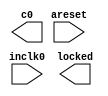
// megafunction wizard: %ALTPLL%VBB%
// GENERATION: STANDARD
// VERSION: WM1.0
// MODULE: altpll 

// ============================================================
// Megafunction Name(s):
// 			altpll
//
// Simulation Library Files(s):
// 			altera_mf
// ============================================================
// ************************************************************
// THIS IS A WIZARD-GENERATED FILE. DO NOT EDIT THIS FILE!
//
// 12.0 Build 178 05/31/2012 SJ Full Version
// ************************************************************

//Copyright (C) 1991-2012 Altera Corporation
//Your use of Altera Corporation's design tools, logic functions 
//and other software and tools, and its AMPP partner logic 
//functions, and any output files from any of the foregoing 
//(including device programming or simulation files), and any 
//associated documentation or information are expressly subject 
//to the terms and conditions of the Altera Program License 
//Subscription Agreement, Altera MegaCore Function License 
//Agreement, or other applicable license agreement, including, 
//without limitation, that your use is for the sole purpose of 
//programming logic devices manufactured by Altera and sold by 
//Altera or its authorized distributors.  Please refer to the 
//applicable agreement for further details.

module pll (
	areset,
	inclk0,
	c0,
	locked);

	input	  areset;
	input	  inclk0;
	output	  c0;
	output	  locked;
`ifndef ALTERA_RESERVED_QIS
// synopsys translate_off
`endif
	tri0	  areset;
`ifndef ALTERA_RESERVED_QIS
// synopsys translate_on
`endif

endmodule

// ============================================================
// CNX file retrieval info
// ============================================================
// Retrieval info: PRIVATE: ACTIVECLK_CHECK STRING "0"
// Retrieval info: PRIVATE: BANDWIDTH STRING "1.000"
// Retrieval info: PRIVATE: BANDWIDTH_FEATURE_ENABLED STRING "1"
// Retrieval info: PRIVATE: BANDWIDTH_FREQ_UNIT STRING "MHz"
// Retrieval info: PRIVATE: BANDWIDTH_PRESET STRING "Low"
// Retrieval info: PRIVATE: BANDWIDTH_USE_AUTO STRING "1"
// Retrieval info: PRIVATE: BANDWIDTH_USE_PRESET STRING "0"
// Retrieval info: PRIVATE: CLKBAD_SWITCHOVER_CHECK STRING "0"
// Retrieval info: PRIVATE: CLKLOSS_CHECK STRING "0"
// Retrieval info: PRIVATE: CLKSWITCH_CHECK STRING "0"
// Retrieval info: PRIVATE: CNX_NO_COMPENSATE_RADIO STRING "0"
// Retrieval info: PRIVATE: CREATE_CLKBAD_CHECK STRING "0"
// Retrieval info: PRIVATE: CREATE_INCLK1_CHECK STRING "0"
// Retrieval info: PRIVATE: CUR_DEDICATED_CLK STRING "c0"
// Retrieval info: PRIVATE: CUR_FBIN_CLK STRING "c0"
// Retrieval info: PRIVATE: DEVICE_SPEED_GRADE STRING "2"
// Retrieval info: PRIVATE: DIV_FACTOR0 NUMERIC "1"
// Retrieval info: PRIVATE: DUTY_CYCLE0 STRING "50.00000000"
// Retrieval info: PRIVATE: EFF_OUTPUT_FREQ_VALUE0 STRING "75.000000"
// Retrieval info: PRIVATE: EXPLICIT_SWITCHOVER_COUNTER STRING "0"
// Retrieval info: PRIVATE: EXT_FEEDBACK_RADIO STRING "0"
// Retrieval info: PRIVATE: GLOCKED_COUNTER_EDIT_CHANGED STRING "1"
// Retrieval info: PRIVATE: GLOCKED_FEATURE_ENABLED STRING "0"
// Retrieval info: PRIVATE: GLOCKED_MODE_CHECK STRING "0"
// Retrieval info: PRIVATE: GLOCK_COUNTER_EDIT NUMERIC "1048575"
// Retrieval info: PRIVATE: HAS_MANUAL_SWITCHOVER STRING "1"
// Retrieval info: PRIVATE: INCLK0_FREQ_EDIT STRING "50.000"
// Retrieval info: PRIVATE: INCLK0_FREQ_UNIT_COMBO STRING "MHz"
// Retrieval info: PRIVATE: INCLK1_FREQ_EDIT STRING "100.000"
// Retrieval info: PRIVATE: INCLK1_FREQ_EDIT_CHANGED STRING "1"
// Retrieval info: PRIVATE: INCLK1_FREQ_UNIT_CHANGED STRING "1"
// Retrieval info: PRIVATE: INCLK1_FREQ_UNIT_COMBO STRING "MHz"
// Retrieval info: PRIVATE: INTENDED_DEVICE_FAMILY STRING "Stratix IV"
// Retrieval info: PRIVATE: INT_FEEDBACK__MODE_RADIO STRING "1"
// Retrieval info: PRIVATE: LOCKED_OUTPUT_CHECK STRING "1"
// Retrieval info: PRIVATE: LONG_SCAN_RADIO STRING "1"
// Retrieval info: PRIVATE: LVDS_MODE_DATA_RATE STRING "Not Available"
// Retrieval info: PRIVATE: LVDS_MODE_DATA_RATE_DIRTY NUMERIC "0"
// Retrieval info: PRIVATE: LVDS_PHASE_SHIFT_UNIT0 STRING "deg"
// Retrieval info: PRIVATE: MIG_DEVICE_SPEED_GRADE STRING "Any"
// Retrieval info: PRIVATE: MULT_FACTOR0 NUMERIC "1"
// Retrieval info: PRIVATE: NORMAL_MODE_RADIO STRING "1"
// Retrieval info: PRIVATE: OUTPUT_FREQ0 STRING "75.00000000"
// Retrieval info: PRIVATE: OUTPUT_FREQ_MODE0 STRING "1"
// Retrieval info: PRIVATE: OUTPUT_FREQ_UNIT0 STRING "MHz"
// Retrieval info: PRIVATE: PHASE_RECONFIG_FEATURE_ENABLED STRING "1"
// Retrieval info: PRIVATE: PHASE_RECONFIG_INPUTS_CHECK STRING "0"
// Retrieval info: PRIVATE: PHASE_SHIFT0 STRING "0.00000000"
// Retrieval info: PRIVATE: PHASE_SHIFT_STEP_ENABLED_CHECK STRING "0"
// Retrieval info: PRIVATE: PHASE_SHIFT_UNIT0 STRING "deg"
// Retrieval info: PRIVATE: PLL_ADVANCED_PARAM_CHECK STRING "0"
// Retrieval info: PRIVATE: PLL_ARESET_CHECK STRING "1"
// Retrieval info: PRIVATE: PLL_AUTOPLL_CHECK NUMERIC "1"
// Retrieval info: PRIVATE: PLL_ENHPLL_CHECK NUMERIC "0"
// Retrieval info: PRIVATE: PLL_FASTPLL_CHECK NUMERIC "0"
// Retrieval info: PRIVATE: PLL_FBMIMIC_CHECK STRING "0"
// Retrieval info: PRIVATE: PLL_LVDS_PLL_CHECK NUMERIC "0"
// Retrieval info: PRIVATE: PLL_PFDENA_CHECK STRING "0"
// Retrieval info: PRIVATE: PLL_TARGET_HARCOPY_CHECK NUMERIC "0"
// Retrieval info: PRIVATE: PRIMARY_CLK_COMBO STRING "inclk0"
// Retrieval info: PRIVATE: RECONFIG_FILE STRING "pll.mif"
// Retrieval info: PRIVATE: SACN_INPUTS_CHECK STRING "0"
// Retrieval info: PRIVATE: SCAN_FEATURE_ENABLED STRING "1"
// Retrieval info: PRIVATE: SELF_RESET_LOCK_LOSS STRING "0"
// Retrieval info: PRIVATE: SHORT_SCAN_RADIO STRING "0"
// Retrieval info: PRIVATE: SPREAD_FEATURE_ENABLED STRING "0"
// Retrieval info: PRIVATE: SPREAD_FREQ STRING "50.000"
// Retrieval info: PRIVATE: SPREAD_FREQ_UNIT STRING "KHz"
// Retrieval info: PRIVATE: SPREAD_PERCENT STRING "0.500"
// Retrieval info: PRIVATE: SPREAD_USE STRING "0"
// Retrieval info: PRIVATE: SRC_SYNCH_COMP_RADIO STRING "0"
// Retrieval info: PRIVATE: STICKY_CLK0 STRING "1"
// Retrieval info: PRIVATE: SWITCHOVER_COUNT_EDIT NUMERIC "1"
// Retrieval info: PRIVATE: SWITCHOVER_FEATURE_ENABLED STRING "1"
// Retrieval info: PRIVATE: SYNTH_WRAPPER_GEN_POSTFIX STRING "0"
// Retrieval info: PRIVATE: USE_CLK0 STRING "1"
// Retrieval info: PRIVATE: USE_MIL_SPEED_GRADE NUMERIC "0"
// Retrieval info: PRIVATE: ZERO_DELAY_RADIO STRING "0"
// Retrieval info: LIBRARY: altera_mf altera_mf.altera_mf_components.all
// Retrieval info: CONSTANT: BANDWIDTH_TYPE STRING "AUTO"
// Retrieval info: CONSTANT: CLK0_DIVIDE_BY NUMERIC "2"
// Retrieval info: CONSTANT: CLK0_DUTY_CYCLE NUMERIC "50"
// Retrieval info: CONSTANT: CLK0_MULTIPLY_BY NUMERIC "3"
// Retrieval info: CONSTANT: CLK0_PHASE_SHIFT STRING "0"
// Retrieval info: CONSTANT: COMPENSATE_CLOCK STRING "CLK0"
// Retrieval info: CONSTANT: INCLK0_INPUT_FREQUENCY NUMERIC "20000"
// Retrieval info: CONSTANT: INTENDED_DEVICE_FAMILY STRING "Stratix IV"
// Retrieval info: CONSTANT: LPM_TYPE STRING "altpll"
// Retrieval info: CONSTANT: OPERATION_MODE STRING "NORMAL"
// Retrieval info: CONSTANT: PLL_TYPE STRING "AUTO"
// Retrieval info: CONSTANT: PORT_ACTIVECLOCK STRING "PORT_UNUSED"
// Retrieval info: CONSTANT: PORT_ARESET STRING "PORT_USED"
// Retrieval info: CONSTANT: PORT_CLKBAD0 STRING "PORT_UNUSED"
// Retrieval info: CONSTANT: PORT_CLKBAD1 STRING "PORT_UNUSED"
// Retrieval info: CONSTANT: PORT_CLKLOSS STRING "PORT_UNUSED"
// Retrieval info: CONSTANT: PORT_CLKSWITCH STRING "PORT_UNUSED"
// Retrieval info: CONSTANT: PORT_CONFIGUPDATE STRING "PORT_UNUSED"
// Retrieval info: CONSTANT: PORT_FBIN STRING "PORT_UNUSED"
// Retrieval info: CONSTANT: PORT_FBOUT STRING "PORT_UNUSED"
// Retrieval info: CONSTANT: PORT_INCLK0 STRING "PORT_USED"
// Retrieval info: CONSTANT: PORT_INCLK1 STRING "PORT_UNUSED"
// Retrieval info: CONSTANT: PORT_LOCKED STRING "PORT_USED"
// Retrieval info: CONSTANT: PORT_PFDENA STRING "PORT_UNUSED"
// Retrieval info: CONSTANT: PORT_PHASECOUNTERSELECT STRING "PORT_UNUSED"
// Retrieval info: CONSTANT: PORT_PHASEDONE STRING "PORT_UNUSED"
// Retrieval info: CONSTANT: PORT_PHASESTEP STRING "PORT_UNUSED"
// Retrieval info: CONSTANT: PORT_PHASEUPDOWN STRING "PORT_UNUSED"
// Retrieval info: CONSTANT: PORT_PLLENA STRING "PORT_UNUSED"
// Retrieval info: CONSTANT: PORT_SCANACLR STRING "PORT_UNUSED"
// Retrieval info: CONSTANT: PORT_SCANCLK STRING "PORT_UNUSED"
// Retrieval info: CONSTANT: PORT_SCANCLKENA STRING "PORT_UNUSED"
// Retrieval info: CONSTANT: PORT_SCANDATA STRING "PORT_UNUSED"
// Retrieval info: CONSTANT: PORT_SCANDATAOUT STRING "PORT_UNUSED"
// Retrieval info: CONSTANT: PORT_SCANDONE STRING "PORT_UNUSED"
// Retrieval info: CONSTANT: PORT_SCANREAD STRING "PORT_UNUSED"
// Retrieval info: CONSTANT: PORT_SCANWRITE STRING "PORT_UNUSED"
// Retrieval info: CONSTANT: PORT_clk0 STRING "PORT_USED"
// Retrieval info: CONSTANT: PORT_clk1 STRING "PORT_UNUSED"
// Retrieval info: CONSTANT: PORT_clk2 STRING "PORT_UNUSED"
// Retrieval info: CONSTANT: PORT_clk3 STRING "PORT_UNUSED"
// Retrieval info: CONSTANT: PORT_clk4 STRING "PORT_UNUSED"
// Retrieval info: CONSTANT: PORT_clk5 STRING "PORT_UNUSED"
// Retrieval info: CONSTANT: PORT_clk6 STRING "PORT_UNUSED"
// Retrieval info: CONSTANT: PORT_clk7 STRING "PORT_UNUSED"
// Retrieval info: CONSTANT: PORT_clk8 STRING "PORT_UNUSED"
// Retrieval info: CONSTANT: PORT_clk9 STRING "PORT_UNUSED"
// Retrieval info: CONSTANT: PORT_clkena0 STRING "PORT_UNUSED"
// Retrieval info: CONSTANT: PORT_clkena1 STRING "PORT_UNUSED"
// Retrieval info: CONSTANT: PORT_clkena2 STRING "PORT_UNUSED"
// Retrieval info: CONSTANT: PORT_clkena3 STRING "PORT_UNUSED"
// Retrieval info: CONSTANT: PORT_clkena4 STRING "PORT_UNUSED"
// Retrieval info: CONSTANT: PORT_clkena5 STRING "PORT_UNUSED"
// Retrieval info: CONSTANT: SELF_RESET_ON_LOSS_LOCK STRING "OFF"
// Retrieval info: CONSTANT: USING_FBMIMICBIDIR_PORT STRING "OFF"
// Retrieval info: CONSTANT: WIDTH_CLOCK NUMERIC "10"
// Retrieval info: USED_PORT: @clk 0 0 10 0 OUTPUT_CLK_EXT VCC "@clk[9..0]"
// Retrieval info: USED_PORT: areset 0 0 0 0 INPUT GND "areset"
// Retrieval info: USED_PORT: c0 0 0 0 0 OUTPUT_CLK_EXT VCC "c0"
// Retrieval info: USED_PORT: inclk0 0 0 0 0 INPUT_CLK_EXT GND "inclk0"
// Retrieval info: USED_PORT: locked 0 0 0 0 OUTPUT GND "locked"
// Retrieval info: CONNECT: @areset 0 0 0 0 areset 0 0 0 0
// Retrieval info: CONNECT: @inclk 0 0 1 1 GND 0 0 0 0
// Retrieval info: CONNECT: @inclk 0 0 1 0 inclk0 0 0 0 0
// Retrieval info: CONNECT: c0 0 0 0 0 @clk 0 0 1 0
// Retrieval info: CONNECT: locked 0 0 0 0 @locked 0 0 0 0
// Retrieval info: GEN_FILE: TYPE_NORMAL pll.v TRUE
// Retrieval info: GEN_FILE: TYPE_NORMAL pll.ppf TRUE
// Retrieval info: GEN_FILE: TYPE_NORMAL pll.inc FALSE
// Retrieval info: GEN_FILE: TYPE_NORMAL pll.cmp FALSE
// Retrieval info: GEN_FILE: TYPE_NORMAL pll.bsf FALSE
// Retrieval info: GEN_FILE: TYPE_NORMAL pll_inst.v FALSE
// Retrieval info: GEN_FILE: TYPE_NORMAL pll_bb.v TRUE
// Retrieval info: LIB_FILE: altera_mf
// Retrieval info: CBX_MODULE_PREFIX: ON